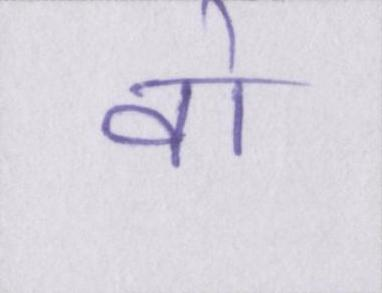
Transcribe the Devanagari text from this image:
वो